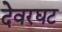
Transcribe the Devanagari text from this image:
देवरघट